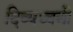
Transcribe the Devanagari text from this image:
दिव्यध्वनी